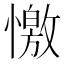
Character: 憿